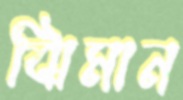
ঝিমান